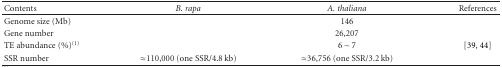
<table><thead><tr><td><b>Contents</b></td><td><b><i>B. rapa</i></b></td><td><b><i>A. thaliana</i></b></td><td><b>References</b></td></tr></thead><tbody><tr><td>Genome size (Mb)</td><td>[EMPTY_CELL]</td><td>146</td><td>[EMPTY_CELL]</td></tr><tr><td>Gene number</td><td>[EMPTY_CELL]</td><td>26,207</td><td>[EMPTY_CELL]</td></tr><tr><td>TE abundance (%)<sup>(1)</sup></td><td>[EMPTY_CELL]</td><td>6∼7</td><td>[39, 44]</td></tr><tr><td>SSR number</td><td>≈110,000 (one SSR/4.8 kb)</td><td>≈36,756 (one SSR/3.2 kb)</td><td>[EMPTY_CELL]</td></tr></tbody></table>